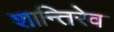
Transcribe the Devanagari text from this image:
शान्तिरेव